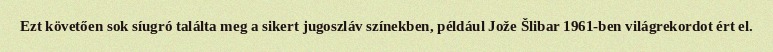
Ezt követően sok síugró találta meg a sikert jugoszláv színekben, például Jože Šlibar 1961-ben világrekordot ért el.